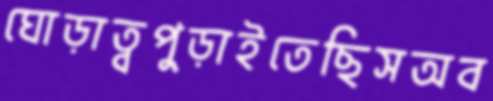
ঘোড়াত্বপুড়াইতেছিসঅব